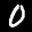
Label: 0